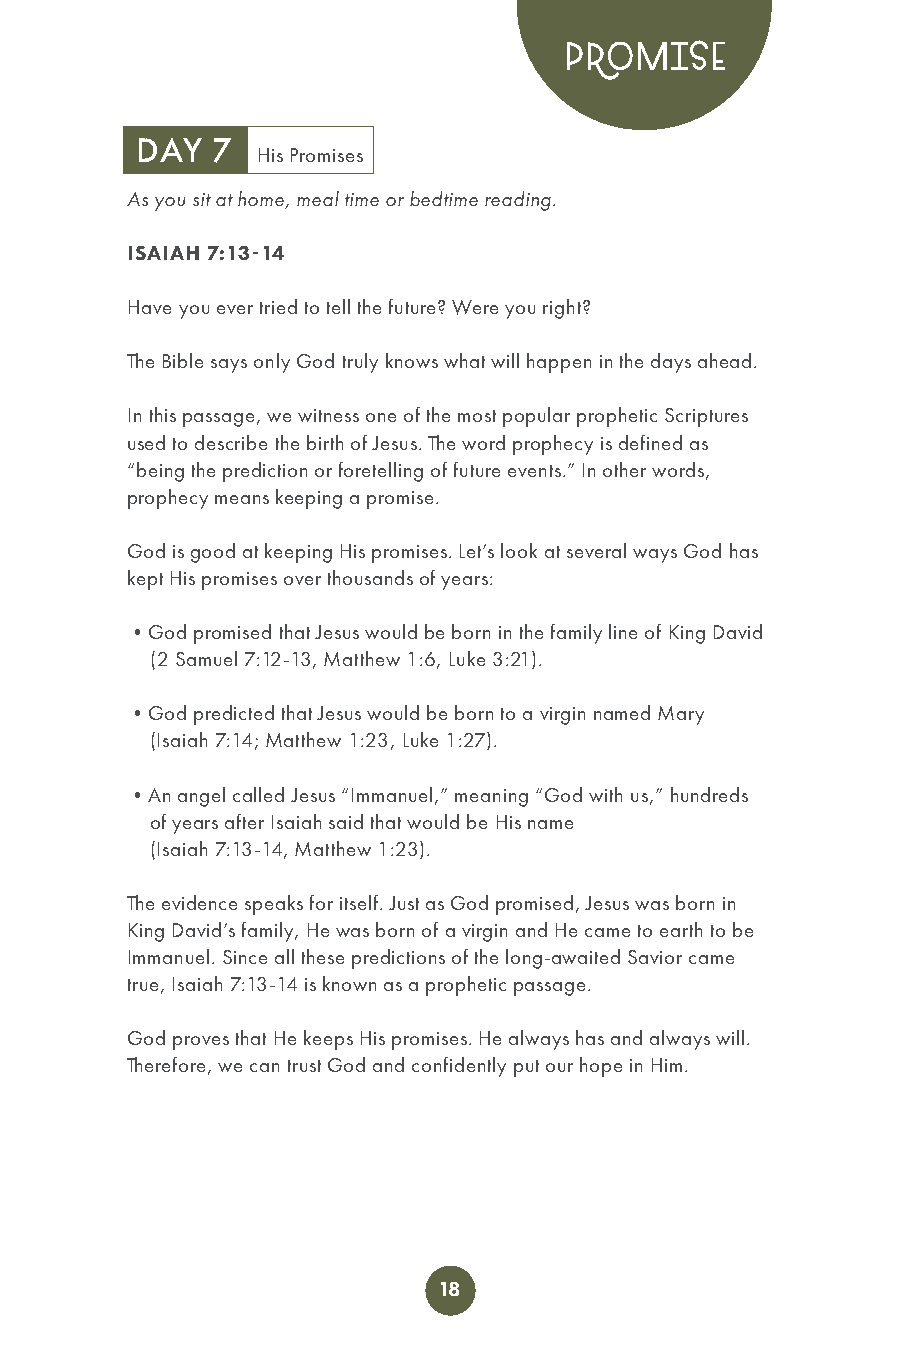
PROMISE
 DAY  7
 His Promises
 As you sit at home, meal time or bedtime reading.
 ISAIAH 7:13-14
 Have you ever tried to tell the future? Were you right?
 The Bible says only God truly knows what will happen in the days ahead.
 In this passage, we witness one of the most popular prophetic Scriptures
 used to describe the birth of Jesus. The word prophecy is defined as
 “being the prediction or foretelling of future events.” In other words,
 prophecy means keeping a promise.
 God is good at keeping His promises. Let’s look at several ways God has
 kept His promises over thousands of years:
 •God promised that Jesus would be born in the family line of King David
 (2 Samuel 7:12-13, Matthew 1:6, Luke 3:21).
 •God predicted that Jesus would be born to a virgin named Mary
 (Isaiah 7:14; Matthew 1:23, Luke 1:27).
 •An angel called Jesus “Immanuel,” meaning “God with us,” hundreds
 of years after Isaiah said that would be His name
 (Isaiah 7:13-14, Matthew 1:23).
 The evidence speaks for itself. Just as God promised, Jesus was born in
 King David’s family, He was born of a virgin and He came to earth to be
 Immanuel. Since all these predictions of the long-awaited Savior came
 true, Isaiah 7:13-14 is known as a prophetic passage.
 God proves that He keeps His promises. He always has and always will.
 Therefore, we can trust God and confidently put our hope in Him.
 18